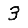
Digit: 3